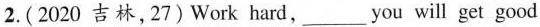
2. ( 2020 吉林,27)Work hard,___you will get good